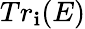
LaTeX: Tr_{\mathbf{i}}(E)